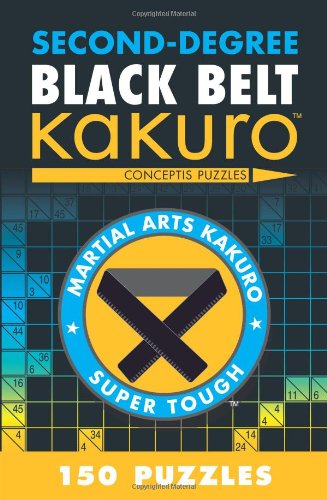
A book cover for Second-Degree Black Belt Kakuro (Martial Arts Puzzles Series); Conceptis Puzzles; Humor & Entertainment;